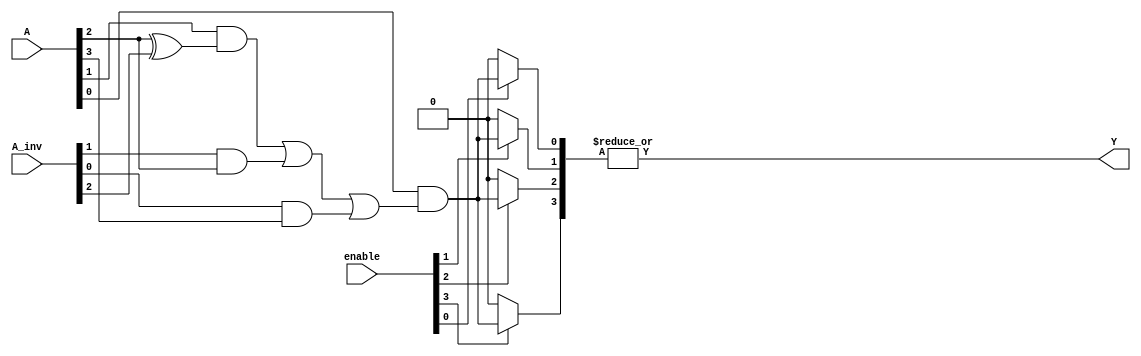
module GPAL #(
    parameter N = 4, // Number of inputs
    parameter M = 4, // Number of product terms
    parameter P = 1  // Number of outputs
)(
    input [N-1:0] A,            // Input signals
    input [N-1:0] A_inv,        // Inverted input signals (for programmability)
    input [M-1:0] enable,       // Enable signals for product terms
    output [P-1:0] Y            // Output signals
);

// Internal wires for product terms
wire [M-1:0] P_terms;

// AND Array: Programmable AND gates
generate
    genvar i;
    for (i = 0; i < M; i = i + 1) begin: and_array
        assign P_terms[i] = 
            (enable[i]) ? 
            (A[0] & ((A[1] & (A[2] ^ A_inv[2])) | (A_inv[1] & A[2]) | (A_inv[0] & A[3])))  // Example configuration
            : 1'b0;  // If not enabled, output 0
    end
endgenerate

// OR Array: Fixed OR gate to combine product terms
assign Y[0] = |P_terms; // ORing all product terms for single output

endmodule